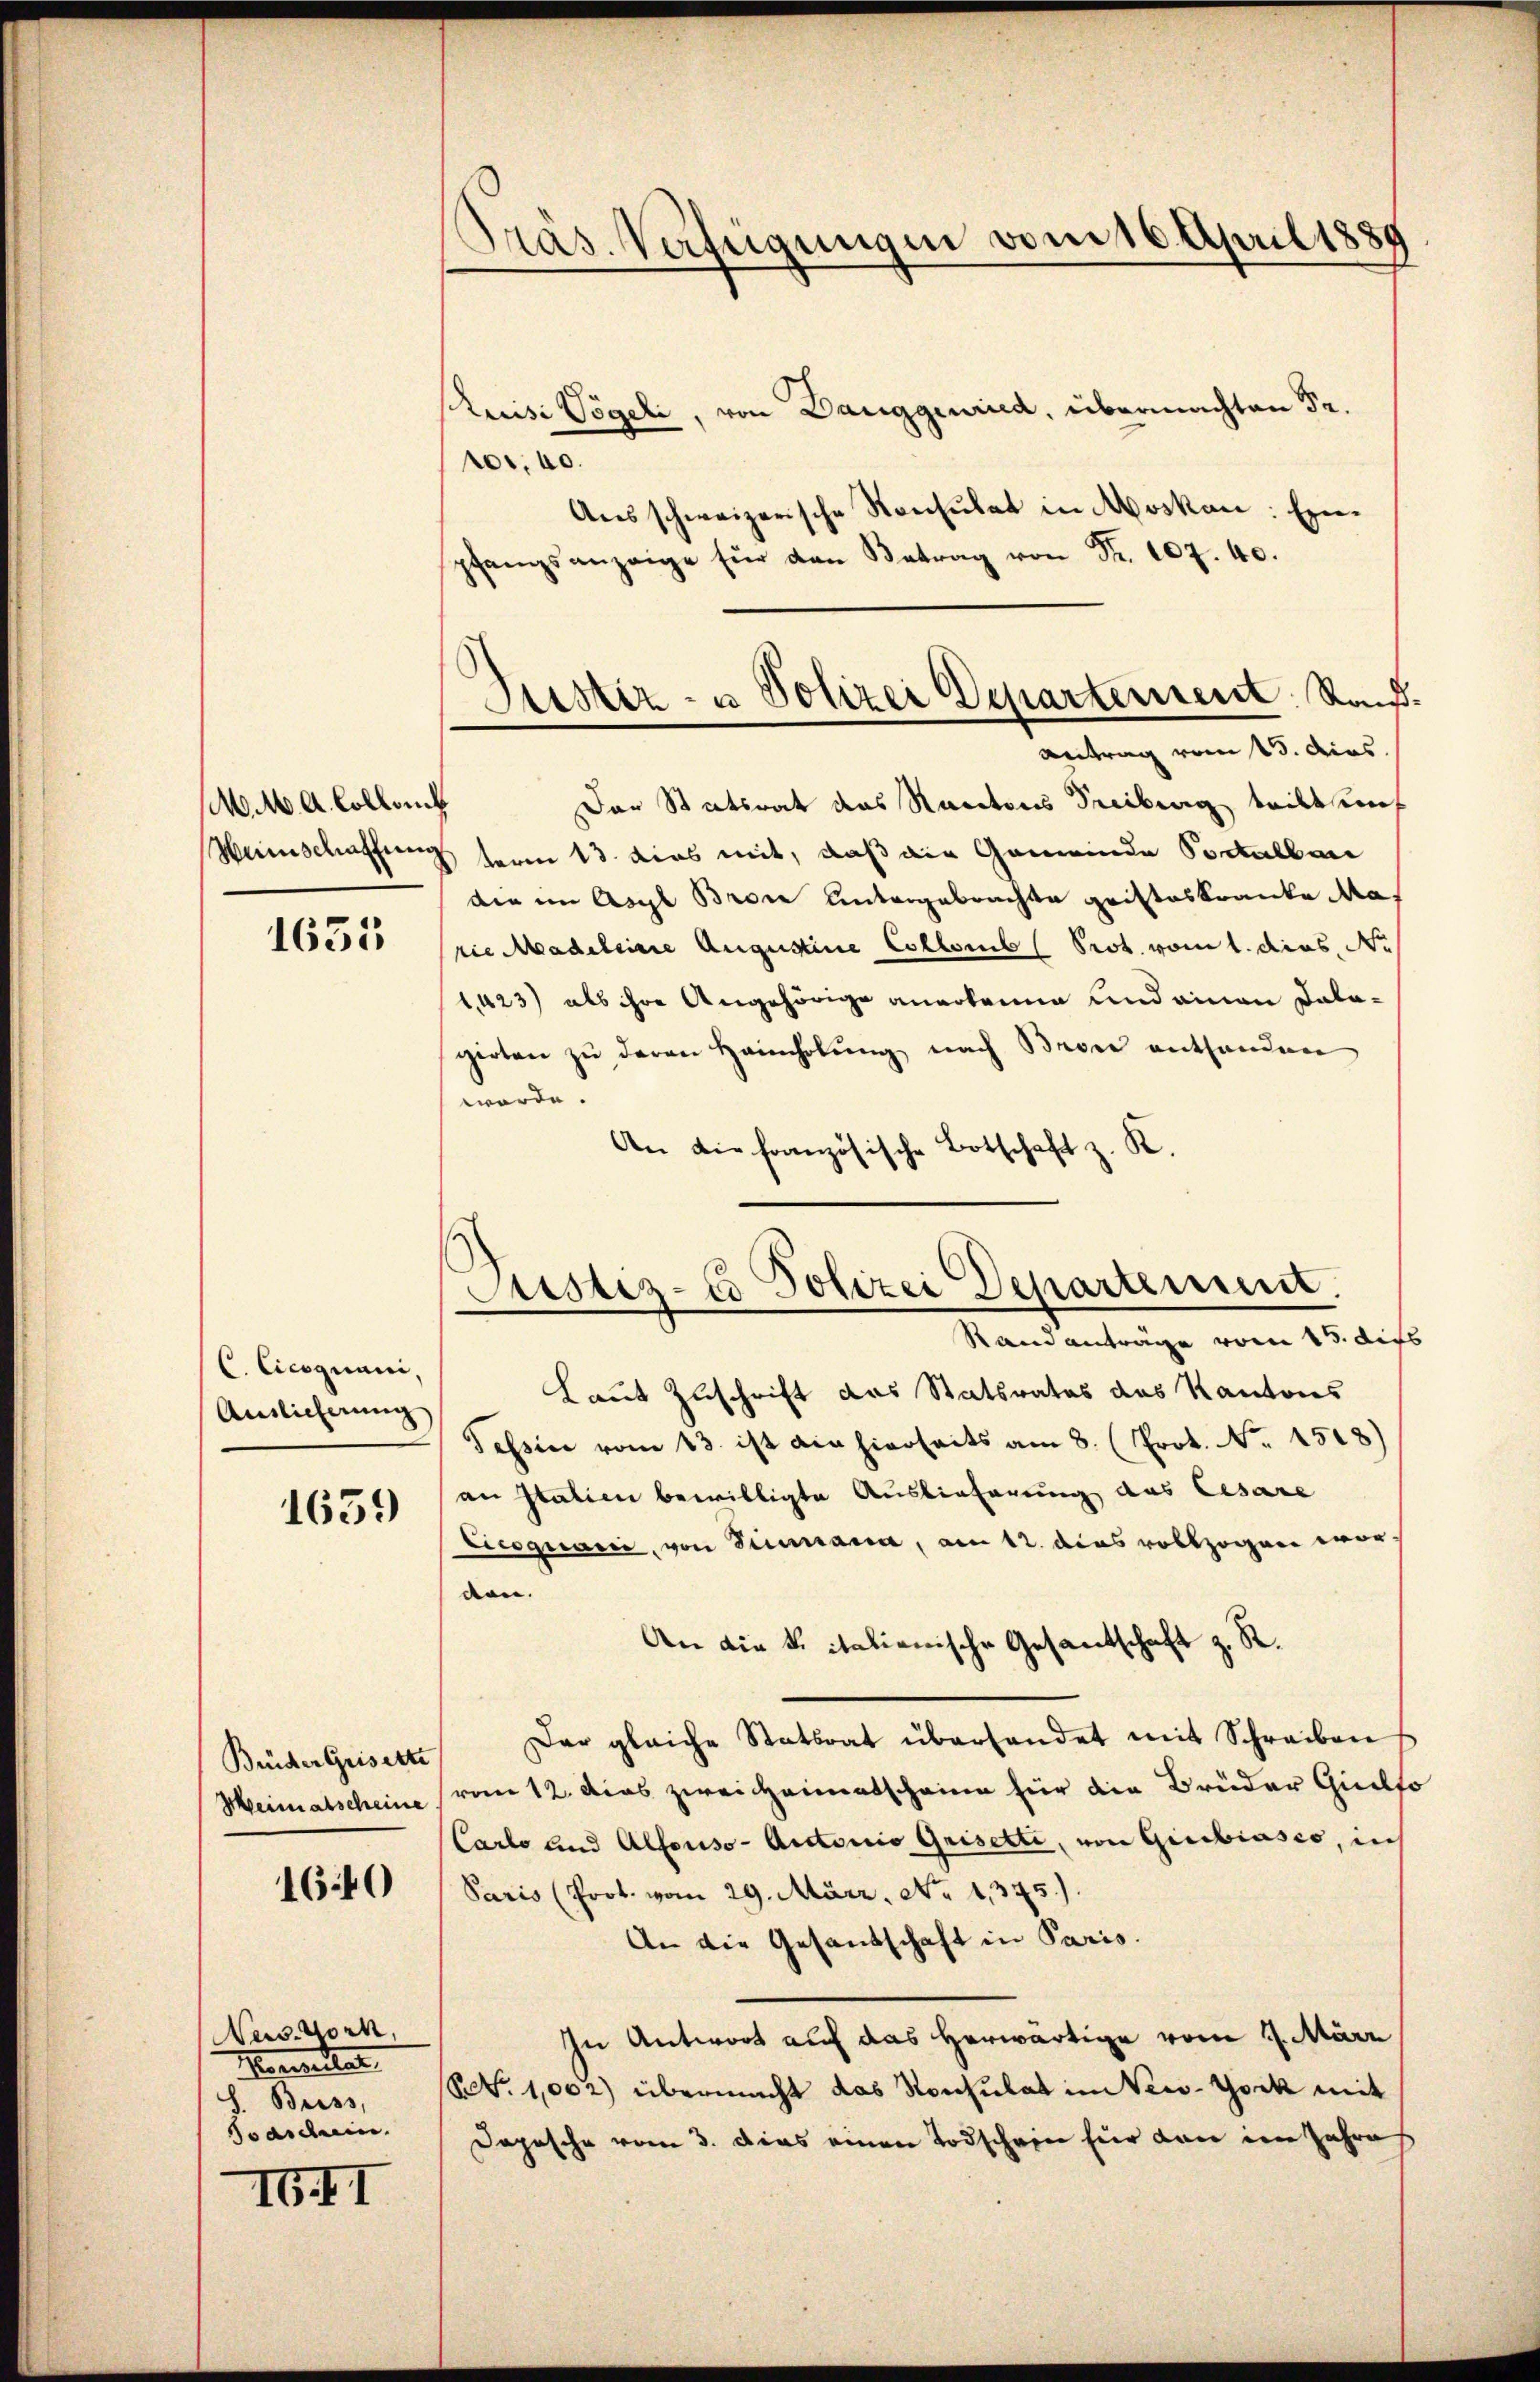
.M. A. Collanch

1635

C. Cicoguani,
Auslieferung

1659

Brüder Geisette
Heimatscheine

1640

News. Vork,
Marie der
h. Buss,
Sardin

IGII

Präs. Verfügungen vom 16. April 1881

Puisi Vögeli, von Danggenired, übermachten Fr.
fr. 40.
Aŭsschweizerische Konsulat in Moskan: Ein-
pfangsanzeige für den Betrag von Fr. 107. 40.
Der Statsrat das Rantons Freiburg teilt unf
Weinschaffung term 13. dies mit, daß die Gemeinde Portalban
die im Asyl Brone untergebrachte gristeskranke Marie Madeleine Augustine Collomb (Prot. vom 1. dies N.
1,423) als ihre Angehörige anerkanne und ainen Dalagirten zŭ deren Heimholŭng nach Brone enthanden
werde.
An die französische Botschaft z. K.
Laut Zuschrift das Statsrates das Kantons
Tessin vom 13. ist die hierseits am 8. (Prot. No. 1508)
an Italien bewilligte Auslieferung des Cesare
Cicogquarii, von Sinmana, am 12. dies vollzogen worden.
An die k. italienische Gesantschaft z. R.
Der gleiche Statsrat überhandet mit Schreiben
vom 12. Dies zwei Heimatscheine für die Brüder Quilfo
Carto und Alfonso- Auctorio Grisette, von Giubiasco, in
Paris (Prot. vom 29. März. No 1375.).
An die Gesandschaft in Paris.
In Antwort auf das herwärtige vom 4. März
BV. 1,002) übermacht das Konsulat in Veco-York mit
Dopische vom 3. dies einen Todschein für dan im Jahre

Justiz- u Polizei Departement. Rand¬
Antrag vom 15. dies

Justiz-Co Polizei Departement.
Rand anträge vom 15. dies